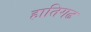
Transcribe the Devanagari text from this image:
हातिगढ